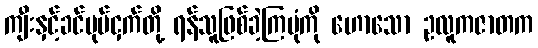
ကျီးနှင့်ခင်ပုပ်ငှက်တို့ ရန်သူဖြစ်ခဲ့ကြပုံကို ဟောသော ဥလူကဇာတက